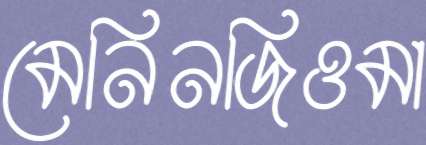
মেনিনজিওমা